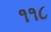
૧૧૮